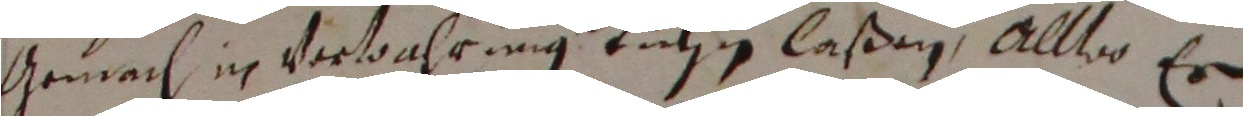
gemach in verwahrung tuhzin laßen, alleo er